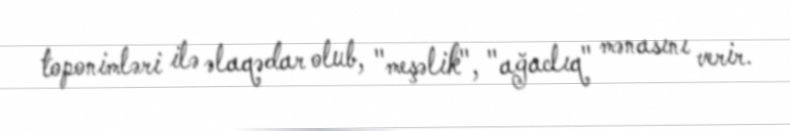
toponimləri ilə əlaqədar olub, "meşəlik", "ağaclıq" mənasını verir.